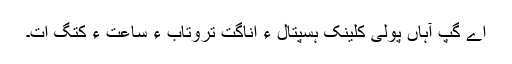
اے گپ آہاں پولی کلینک ہسپتال ءِ اناگت تروتاب ءِ ساعت ءَ کتگ ات۔